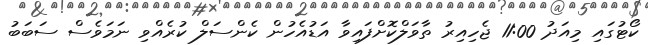
ކޯޓުގައި މިއަދު 11:00 ޖެހިއިރު ތާވަލްކޮށްފައިވާ އަޑުއެހުން ކެންސަލް ކުރެއްވި ނަމަވެސް ސަބަބު